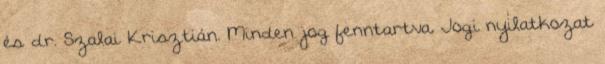
és dr. Szalai Krisztián. Minden jog fenntartva. Jogi nyilatkozat